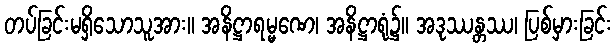
တပ်ခြင်းမရှိသောသူအား။ အနိဋ္ဌာရမ္မဏေ၊ အနိဋ္ဌာရုံ၌။ အဒုဿန္တဿ၊ ပြစ်မှားခြင်း